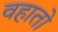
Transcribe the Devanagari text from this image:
वहातो